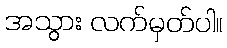
အသွား လက်မှတ်ပါ။